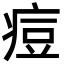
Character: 痘